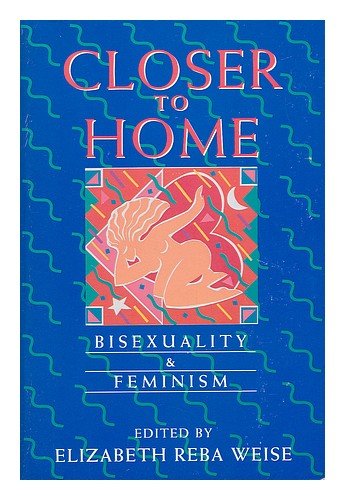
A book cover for Closer to Home: Bisexuality & Feminism (Women's Studies/Gay Studies); Gay & Lesbian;